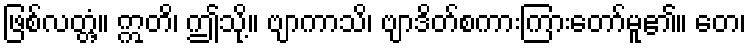
ဖြစ်လတ္တံ့။ ဣတိ၊ ဤသို့။ ဗျာကာသိ၊ ဗျာဒိတ်စကားကြားတော်မူ၏။ တေ၊